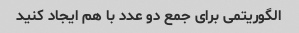
الگوریتمی برای جمع دو عدد با هم ایجاد کنید